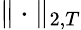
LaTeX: \Vert\cdot\Vert_{2,T}